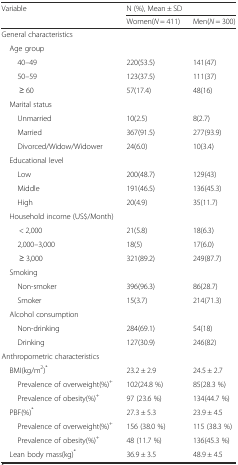
| <ROWSPAN=2> Variable | <COLSPAN=2> N (%), Mean ± SD |
 | Women(N = 411) | Men(N = 300) |
 | --- | --- | --- |
 | General characteristics |  |  |
 | Age group |  |  |
 | 40–49 | 220(53.5) | 141(47) |
 | 50–59 | 123(37.5) | 111(37) |
 | ≥ 60 | 57(17.4) | 48(16) |
 | Marital status |  |  |
 | Unmarried | 10(2.5) | 8(2.7) |
 | Married | 367(91.5) | 277(93.9) |
 | Divorced/Widow/Widower | 24(6.0) | 10(3.4) |
 | Educational level |  |  |
 | Low | 200(48.7) | 129(43) |
 | Middle | 191(46.5) | 136(45.3) |
 | High | 20(4.9) | 35(11.7) |
 | Household income (US$/Month) |  |  |
 | < 2,000 | 21(5.8) | 18(6.3) |
 | 2,000–3,000 | 18(5) | 17(6.0) |
 | ≥ 3,000 | 321(89.2) | 249(87.7) |
 | Smoking |  |  |
 | Non-smoker | 396(96.3) | 86(28.7) |
 | Smoker | 15(3.7) | 214(71.3) |
 | Alcohol consumption |  |  |
 | Non-drinking | 284(69.1) | 54(18) |
 | Drinking | 127(30.9) | 246(82) |
 | Anthropometric characteristics |  |  |
 | BMI(kg/m2)* | 23.2 ± 2.9 | 24.5 ± 2.7 |
 | Prevalence of overweight(%)+ | 102(24.8 %) | 85(28.3 %) |
 | Prevalence of obesity(%)+ | 97 (23.6 %) | 134(44.7 %) |
 | PBF(%)* | 27.3 ± 5.3 | 23.9 ± 4.5 |
 | Prevalence of overweight(%)+ | 156 (38.0 %) | 115 (38.3 %) |
 | Prevalence of obesity(%)+ | 48 (11.7 %) | 136(45.3 %) |
 | Lean body mass(kg)* | 36.9 ± 3.5 | 48.9 ± 4.5 |